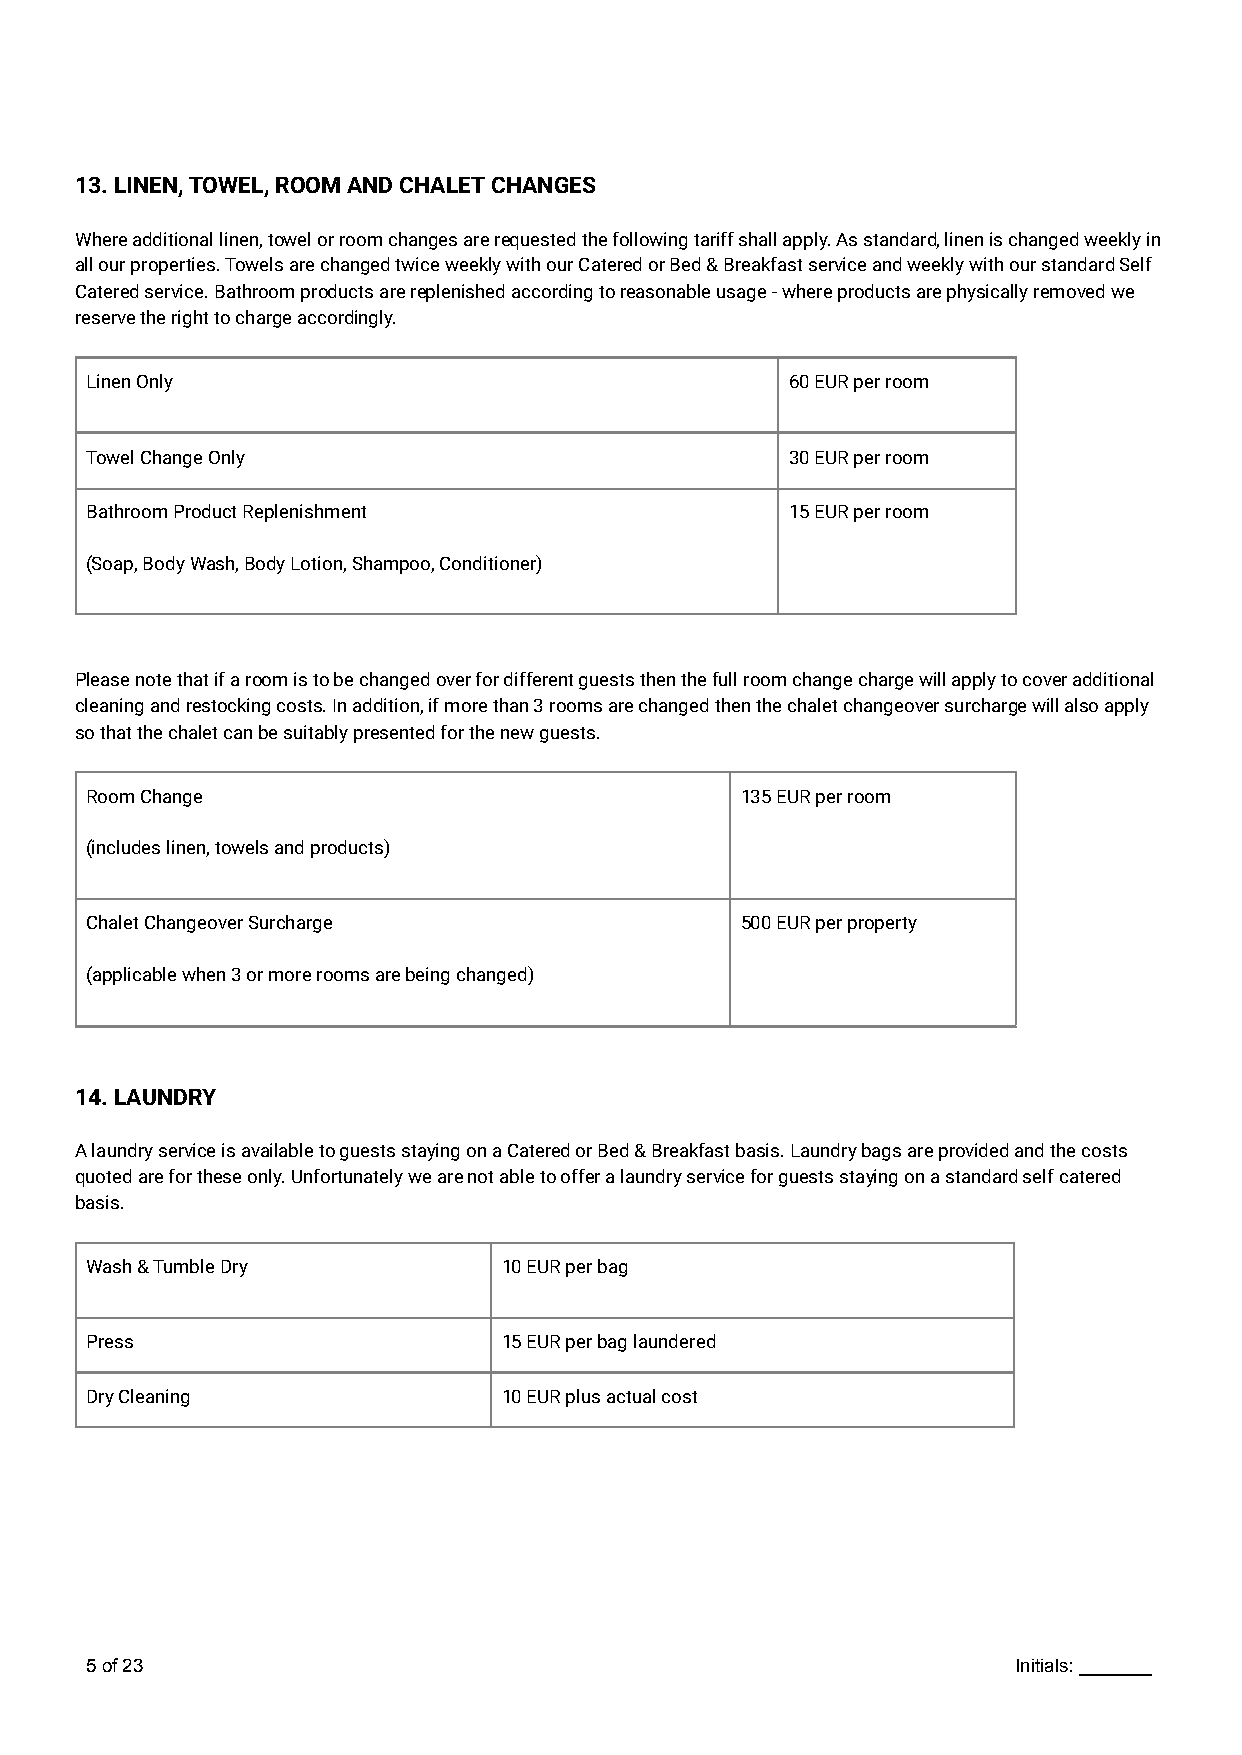
13. LINEN, TOWEL, ROOM AND CHALET CHANGES
 Where additional linen, towel or room changes are requested the following tariff shall apply. As standard, linen is changed weekly in
 all our properties. Towels are changed twice weekly with our Catered or Bed & Breakfast service and weekly with our standard Self
 Catered service. Bathroom products are replenished according to reasonable usage - where products are physically removed we
 reserve the right to charge accordingly.
 Linen Only                                    60 EUR per room
 Towel Change Only                             30 EUR per room
 Bathroom Product Replenishment                15 EUR per room
 (Soap, Body Wash, Body Lotion, Shampoo, Conditioner)
 Please note that if a room is to be changed over for different guests then the full room change charge will apply to cover additional
 cleaning and restocking costs. In addition, if more than 3 rooms are changed then the chalet changeover surcharge will also apply
 so that the chalet can be suitably presented for the new guests.
 Room Change                                135 EUR per room
 (includes linen, towels and products)
 Chalet Changeover Surcharge                500 EUR per property
 (applicable when 3 or more rooms are being changed)
 14. LAUNDRY
 A laundry service is available to guests staying on a Catered or Bed & Breakfast basis. Laundry bags are provided and the costs
 quoted are for these only. Unfortunately we are not able to offer a laundry service for guests staying on a standard self catered
 basis.
 Wash & Tumble Dry          10 EUR per bag
 Press                      15 EUR per bag laundered
 Dry Cleaning               10 EUR plus actual cost
 5of23                                                        Initials: _______